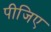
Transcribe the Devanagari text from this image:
पीजिए